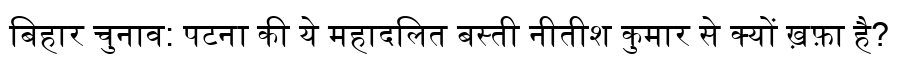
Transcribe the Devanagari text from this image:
बिहार चुनाव: पटना की ये महादलित बस्ती नीतीश कुमार से क्यों ख़फ़ा है?